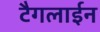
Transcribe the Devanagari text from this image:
टैगलाईन